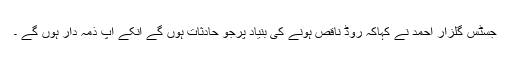
جسٹس گلزار احمد نے کہاکہ روڈ ناقص ہونے کی بنیاد پرجو حادثات ہوں گے انکے آپ ذمہ دار ہوں گے ۔